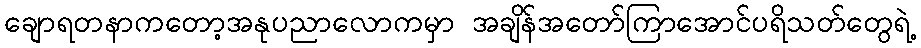
ချောရတနာကတော့အနုပညာလောကမှာ အချိန်အတော်ကြာအောင်ပရိသတ်တွေရဲ့